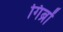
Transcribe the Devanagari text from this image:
गिब्रों